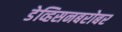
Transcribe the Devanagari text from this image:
डेव्हिसनबरोबर